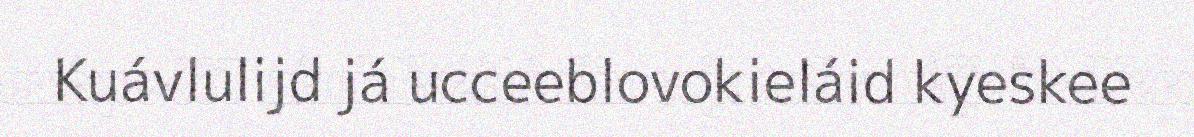
Kuávlulijd já ucceeblovokieláid kyeskee